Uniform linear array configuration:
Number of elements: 64
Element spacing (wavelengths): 1
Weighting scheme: hann
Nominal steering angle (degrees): -60
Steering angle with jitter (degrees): -60.611
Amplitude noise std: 0.05
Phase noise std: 0.05

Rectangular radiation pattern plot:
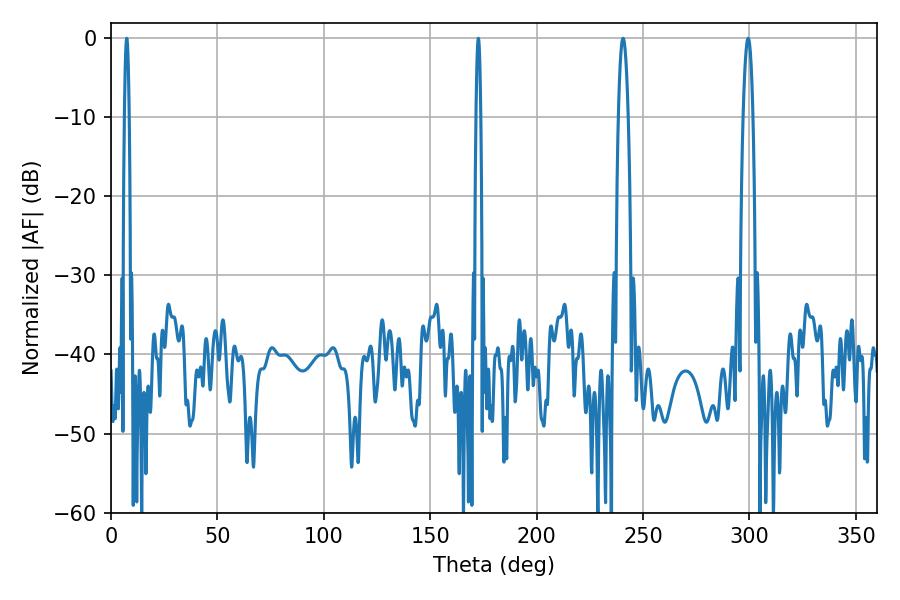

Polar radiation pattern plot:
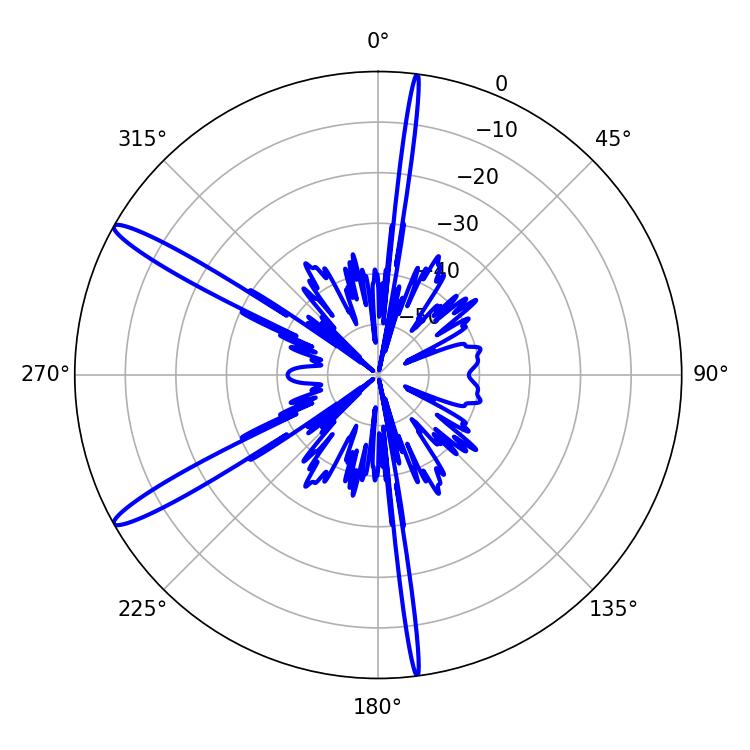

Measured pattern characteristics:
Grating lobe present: TRUE
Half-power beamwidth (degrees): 1.08
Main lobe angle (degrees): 7.38